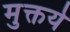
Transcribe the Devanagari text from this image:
मुक्तये